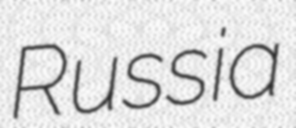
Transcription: Russia